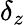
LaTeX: \delta_{z}